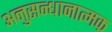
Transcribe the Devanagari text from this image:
अनुसन्धानात्मक